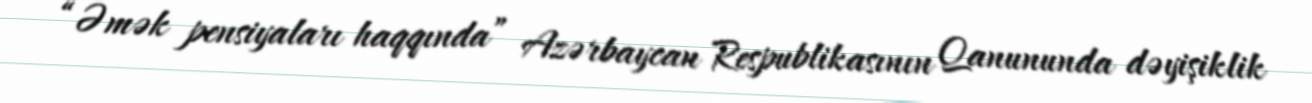
“Əmək pensiyaları haqqında” Azərbaycan Respublikasının Qanununda dəyişiklik